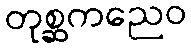
တုစ္ဆကညေဝ